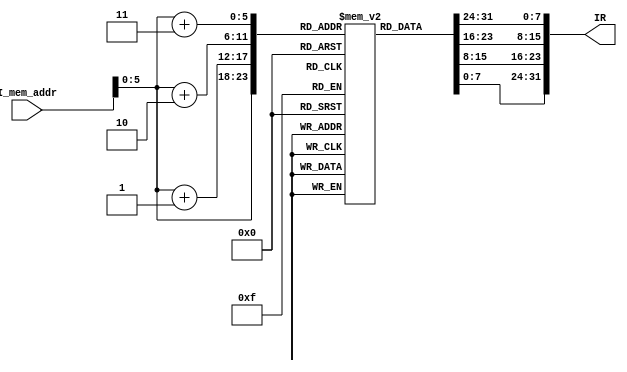
module I_mm_read(I_mem_addr,IR);


input [31:0]  	 	I_mem_addr;
output  reg [31:0]   		IR;


reg  [7:0] inst[63:0];
	
  initial
	begin
		{inst[3],inst[2],inst[1],inst[0]} =    	32'b000000_00001_00010_00011000_00100000;       	 //add   R3 = R1+R2
		{inst[7],inst[6],inst[5],inst[4]} = 		32'b001000_00100_00111_00000000_10000000;     		 //addi  R7 = R4+128
		{inst[11],inst[10],inst[9],inst[8]} = 		32'b001001_00100_01000_00000000_10000000;     		 //addiu R8 = R4+128
		{inst[15],inst[14],inst[13],inst[12]} = 	32'b000000_00001_00010_01001000_00100010;   		 	 //sub   R9 = R1-R2
		
		{inst[19],inst[18],inst[17],inst[16]} = 	32'b000000_00001_00010_01010000_00100011;     	 	 //subu  R10 = R1-R2
		{inst[23],inst[22],inst[21],inst[20]} = 	32'b011111_00000_00001_11000_00010_100000;   		 //seb   R1 R24
		{inst[27],inst[26],inst[25],inst[24]} = 	32'b001111_00000_10000_0101010101010101;   	 	 	 //lui  R16    0101010101010101 
		{inst[31],inst[30],inst[29],inst[28]} = 	32'b001110_00001_01100_0101010101010101;   		  	 //xori  R12 = R1^0101010101010101
		
		{inst[35],inst[34],inst[33],inst[32]} = 	32'b011100_00001_00000_01101_00000_100001;   		 //clo   R13 = clo R1
		{inst[39],inst[38],inst[37],inst[36]} = 	32'b011100_00010_00000_01110_00000_100000;   	    //clz   R14 = clz R2
		{inst[43],inst[42],inst[41],inst[40]} = 	32'b000000_00101_00100_10000_00000_000111;   		 //SRAV  R16 R4>>5=R32;
		{inst[47],inst[46],inst[45],inst[44]} = 	32'b000000_0000_1_00101_10000_00100_000010;   		 //rotr  R16 R5>>4(shmat);
		
		{inst[51],inst[50],inst[49],inst[48]} = 	32'b000000_00001_00010_10000_00000_101011;   		 //sltu  R16 = R1<R2
		{inst[55],inst[54],inst[53],inst[52]} = 	32'b001010_00001_10001_1111111111111111;   		    //slti  R17 = R1<32767   
		{inst[59],inst[58],inst[57],inst[56]} = 	32'b000010_00000000000000000000001111;   		       //j      60
		{inst[63],inst[62],inst[61],inst[60]} = 	32'b000001_00001_11111_0000000000000001;   			 //bgez  R1 OFFSET 1      
		
	end


always @ (*)
	begin
		IR[7:0] 		= inst[I_mem_addr];
		IR[15:8] 	= inst[I_mem_addr+1];
		IR[23:16] 	= inst[I_mem_addr+2];
		IR[31:24] 	= inst[I_mem_addr+3];
	end

endmodule